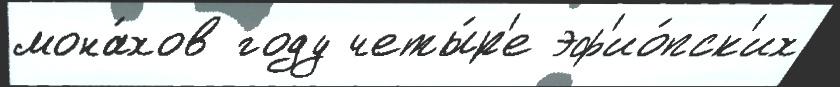
мона́хов году четы́р'е эф'ио́пск'их